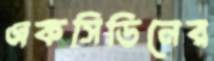
একসিডিনের